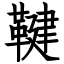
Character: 鞬